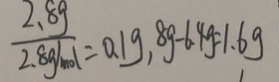
\frac { 2 . 8 g } { 2 . 8 g / m o l } = 0 . 1 g . 8 g - 6 . 4 g = 1 . 6 g